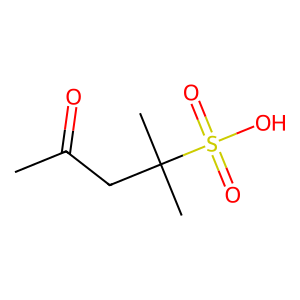
SMILES: CC(=O)CC(C)(C)S(=O)(=O)O
Inhibits HIV replication: No